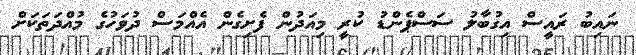
ނައިބު ރައީސް އިގުބާލު ސަސްޕެންޑު ކުރީ މިއަދުން ފެށިގެން އެއްމަސް ދުވަހުގެ މުއްދަތަކަށް